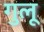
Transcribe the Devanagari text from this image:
गुलू